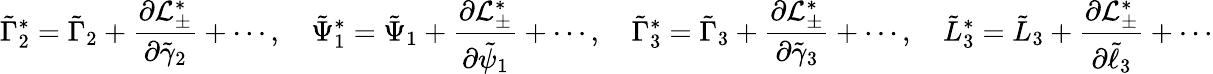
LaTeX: \tilde{\Gamma}_{2}^{*}=\tilde{\Gamma}_{2}+\frac{\partial\mathcal{L}_{\pm}^{*}}{\partial\tilde{\gamma}_{2}}+\cdots,\quad\tilde{\Psi}_{1}^{*}=\tilde{\Psi}_{1}+\frac{\partial\mathcal{L}_{\pm}^{*}}{\partial\tilde{\psi}_{1}}+\cdots,\quad\tilde{\Gamma}_{3}^{*}=\tilde{\Gamma}_{3}+\frac{\partial\mathcal{L}_{\pm}^{*}}{\partial\tilde{\gamma}_{3}}+\cdots,\quad\tilde{L}_{3}^{*}=\tilde{L}_{3}+\frac{\partial\mathcal{L}_{\pm}^{*}}{\partial\tilde{\ell}_{3}}+\cdots